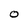
Character: O